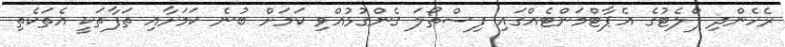
ރެހެންދި ފްލެޓުގެ އެޕާޓްމަންޓެއްގައި ފިސްތޯލަ ގެންގުޅުއްވި ކަމަށް ބުނެ ކަމަށާއި ތަފާތަކީ އެތަކެތި